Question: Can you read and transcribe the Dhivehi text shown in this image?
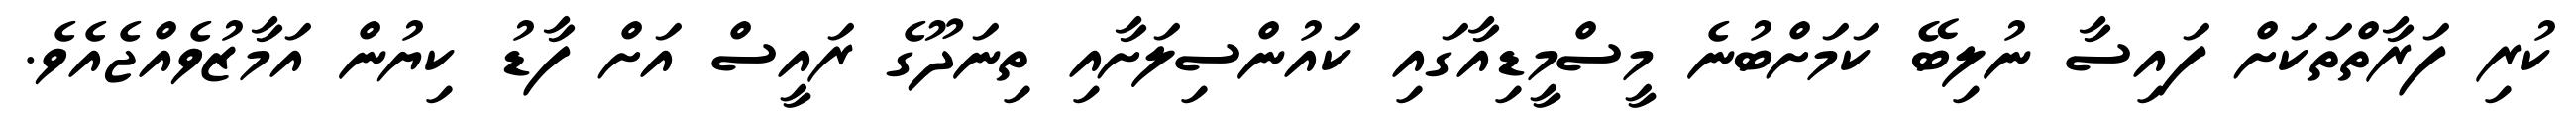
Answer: ކުރި ފަރާތްތަކަށް ފައިސާ ނުލިބޭ ކަމަށްބުނެ މީސްމީޑިއާގައި ކައުންސިލަށާއި ތިނަދޫގެ ރައީސް އަށް ފާޑު ކިޔުން އަމާޒުވެއްޖެއެވެ.